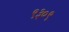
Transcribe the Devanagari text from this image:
९३०९